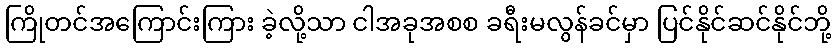
ကြိုတင်အကြောင်းကြား ခဲ့လို့သာ ငါအခုအစစ ခရီးမလွန်ခင်မှာ ပြင်နိုင်ဆင်နိုင်ဘို့